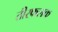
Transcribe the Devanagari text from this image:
तीरफलक